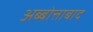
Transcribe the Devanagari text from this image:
अब्बोत्ताबाद